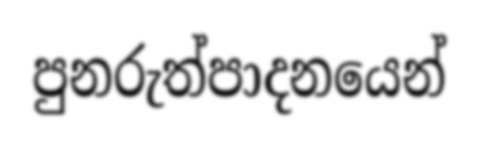
පුනරුත්පාදනයෙන්